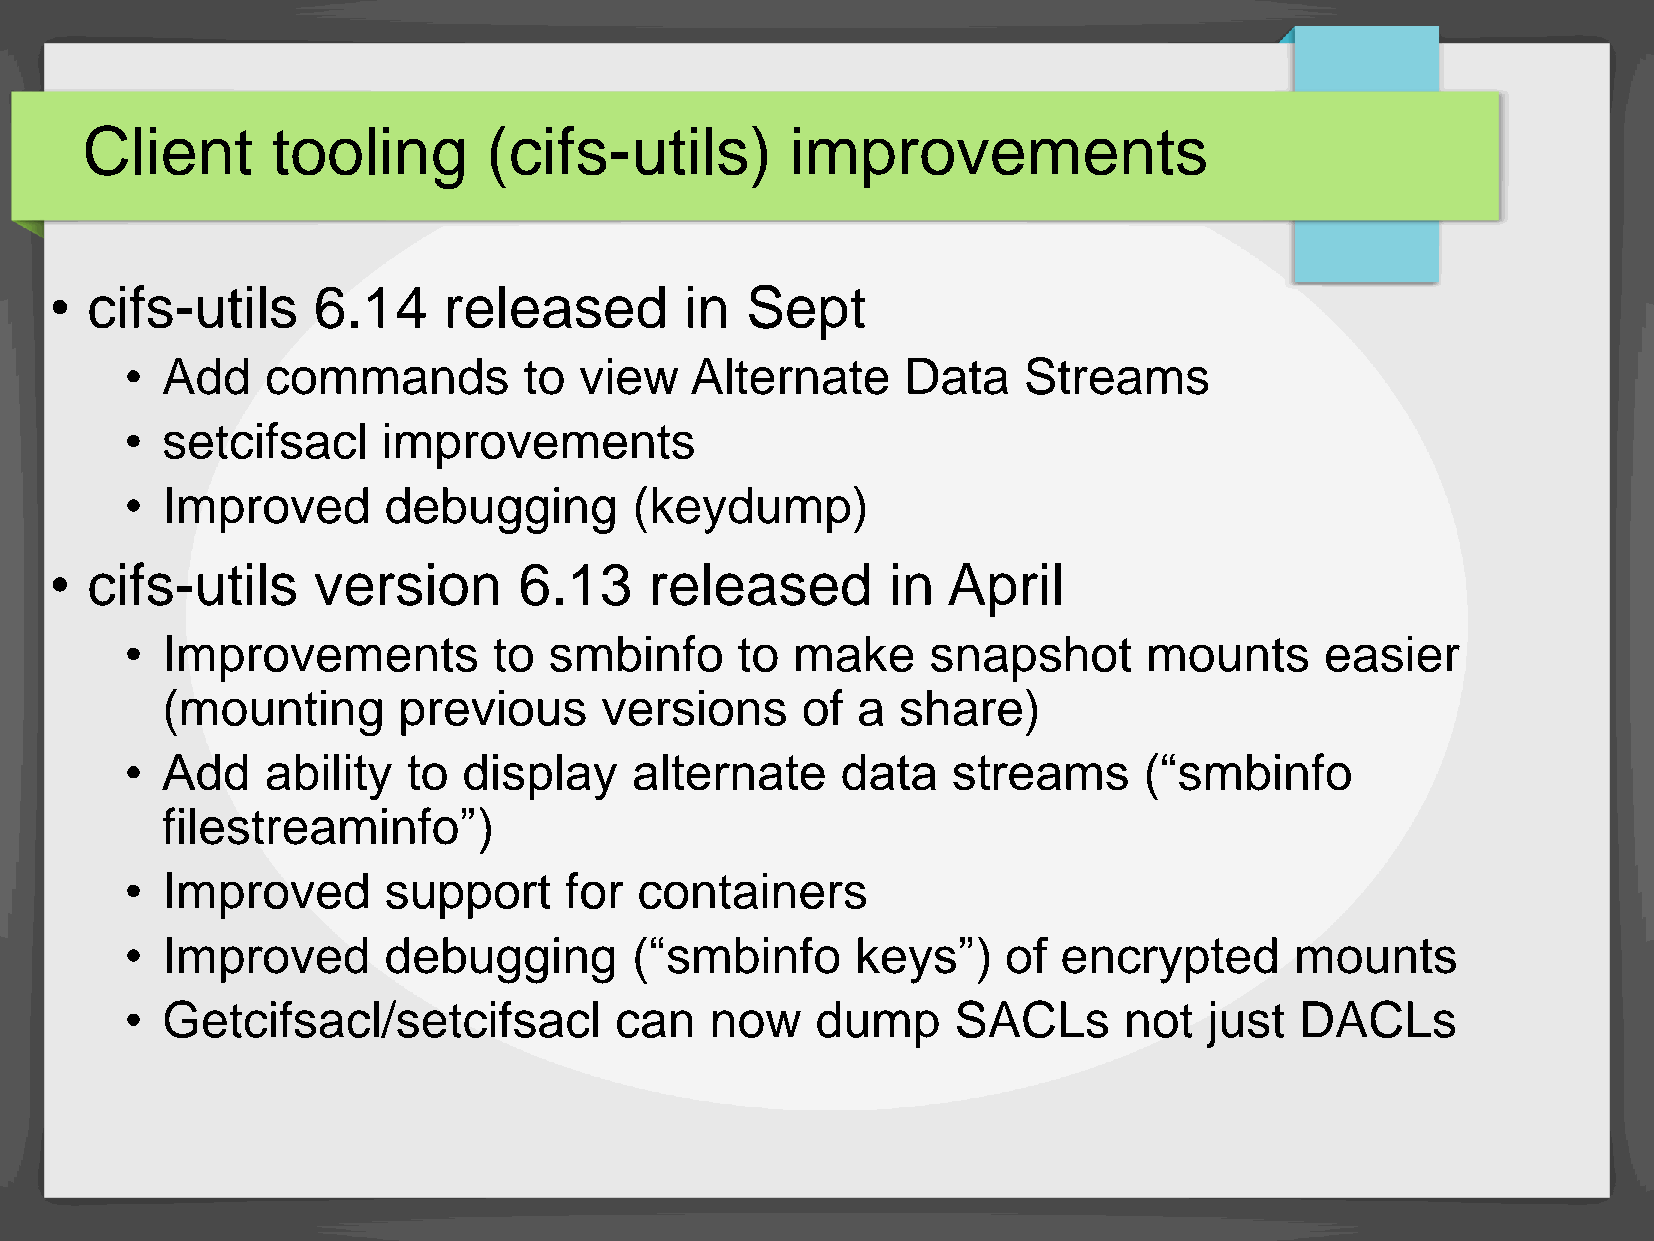
Client       tooling       (cifs-utils)        improvements
 •  cifs-utils     6.14    released        in  Sept
 •  Add    commands         to view    Alternate     Data    Streams
 •  setcifsacl    improvements
 •  Improved      debugging        (keydump)
 •  cifs-utils     version      6.13     released        in  April
 •  Improvements          to smbinfo      to  make     snapshot      mounts      easier
 (mounting      previous      versions     of  a  share)
 •  Add    ability  to  display    alternate     data   streams      (“smbinfo
 filestreaminfo”)
 •  Improved      support     for  containers
 •  Improved      debugging        (“smbinfo      keys”)    of encrypted       mounts
 •  Getcifsacl/setcifsacl         can   now    dump     SACLs      not   just  DACLs